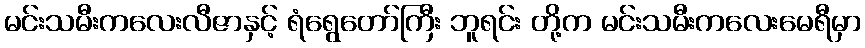
မင်းသမီးကလေးလီဇာနှင့် ရံရွေတော်ကြီး ဘူရင်း တို့က မင်းသမီးကလေးမေရီမှာ